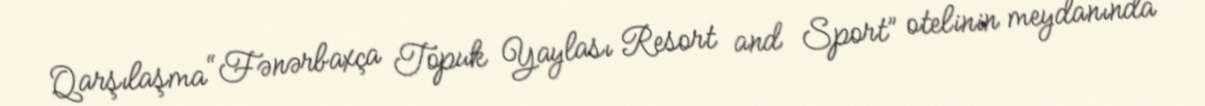
Qarşılaşma “Fənərbaxça Topuk Yaylası Resort and Sport” otelinin meydanında